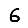
Digit: 6